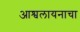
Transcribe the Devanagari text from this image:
आश्वलायनाचा